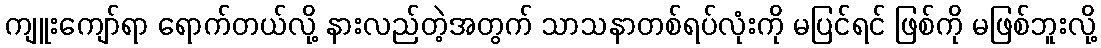
ကျူးကျော်ရာ ရောက်တယ်လို့ နားလည်တဲ့အတွက် သာသနာတစ်ရပ်လုံးကို မပြင်ရင် ဖြစ်ကို မဖြစ်ဘူးလို့